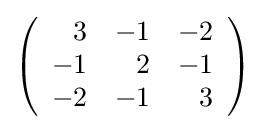
{\textstyle \left({\begin{array}{rrr}3&-1&-2\\-1&2&-1\\-2&-1&3\\\end{array}}\right)}